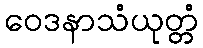
ဝေဒနာသံယုတ္တံ